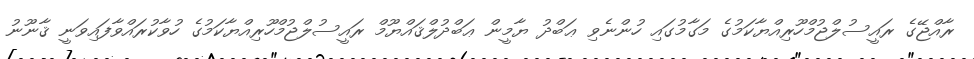
ރާއްޖޭގެ ރައީސުލްޖުމްހޫރިއްޔާކަމުގެ މަގާމުގައި ހުންނެވި ޢަބްދު ޔާމީން ޢަބްދުލްޤައްޔޫމް ރައީސުލްޖުމްހޫރިއްޔާކަމުގެ ހުވާކުރައްވާފައިވަނީ ޤާނޫނު